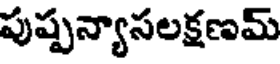
పుష్పన్యాసలక్షణమ్